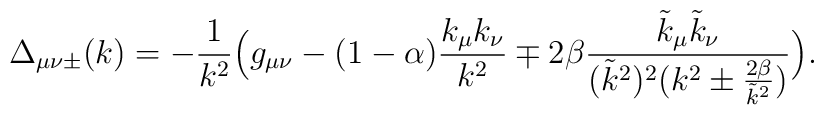
\Delta_{\mu\nu\pm}(k) =-\frac1{k^2}\Big(g_{\mu\nu}-(1-\alpha)\frac{k_\mu k_\nu}{k^2}\mp2\beta\frac{\tilde k_\mu\tilde k_\nu}{(\tilde k^2)^2(k^2\pm\frac{2\beta}{\tilde k^2})}\Big).